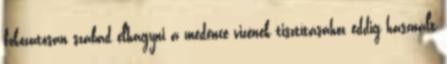
fokozatosan szabad elhagyni a medence vizének tisztításához eddig használt